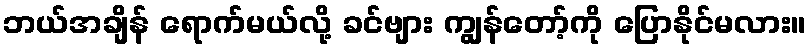
ဘယ်အချိန် ရောက်မယ်လို့ ခင်ဗျား ကျွန်တော့်ကို ပြောနိုင်မလား။